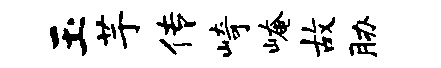
玉芋传崎崦故胁